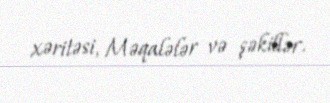
xəritəsi, Məqalələr və şəkillər.